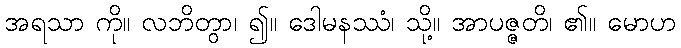
အရသာ ကို။ လဘိတွာ၊ ၍။ ဒေါမနဿံ၊ သို့။ အာပဇ္ဇတိ၊ ၏။ မောဟ